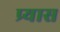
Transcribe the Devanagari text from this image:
प्र्यास